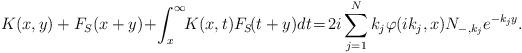
LaTeX: \begin{align*} K(x,y)+F_S(x+y)\!+\!\int_x^\infty \!\!K(x,t)F_S\!(t+y)dt\!= \!2i\sum_{j=1}^Nk_j\varphi(ik_j,x)N_{-,k_j}e^{-k_jy}.\end{align*}